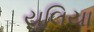
યૂલિયા